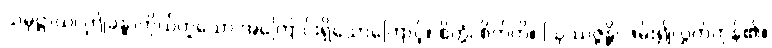
သမုဋ္ဌာယ၊ ဤခန္ဓာကိုယ်ဟူသော အကြောင်းရှိသောကြောင့်။ စိတ္တံ၊ စိတ်ကို။ ဩဿဇ္ဇန္တိ၊ ဖမ်း၍လွှတ်ကုန်၏။